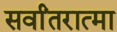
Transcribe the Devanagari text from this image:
सर्वांतरात्मा